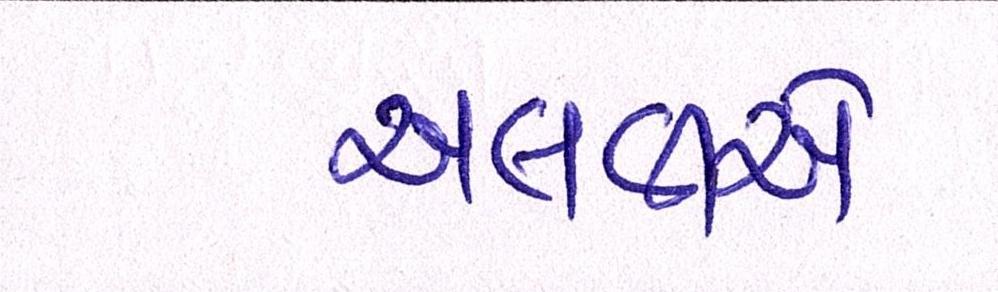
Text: અલવીએ